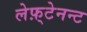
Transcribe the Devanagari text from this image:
लेफ़्टेनन्ट